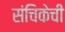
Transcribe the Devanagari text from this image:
संचिकेची